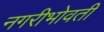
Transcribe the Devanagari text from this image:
नगरीभोवती